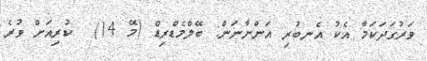
ވަރުގަދަކަމާ އެކު އެނބުރި އަންނާނަން: ބޭލްމެޑްރިޑް (މޭ 14)  ކުރިއަށް ވުރެ